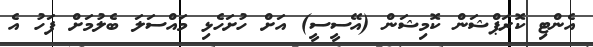
އެންޓި ކޮރަޕްޝަން ކޮމިޝަން (އޭސީސީ) އަށް ހުށަހެޅި މައްސަލަ ބެލުމަށް ފަހު އެ